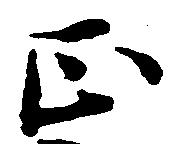
正